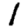
Digit: 1